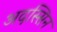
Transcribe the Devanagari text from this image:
अदस्सिन